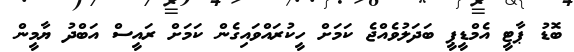
ބޮޑު ޕާޓީ އެމްޑީޕީ ބަދަލުވެއްޖެ ކަމަށް ހީކުރައްވައިގެން ކަމަށް ރައީސް އަބްދު ޔާމީން